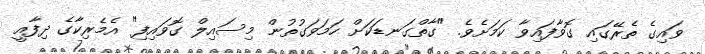
ވައިގެ ތެރޭގައި ގޮވާފައިވާ ކަމަށެވެ. "ގާތްގަނޑަކަށް ހަމަވަގުތުން މިސައިލް ގޮވައިފި" އެމެރިކާގެ ދިފާއީ